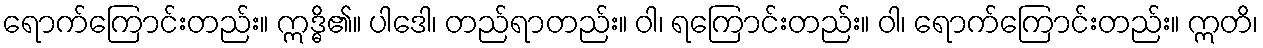
ရောက်ကြောင်းတည်း။ ဣဒ္ဓိ၏။ ပါဒေါ၊ တည်ရာတည်း။ ဝါ၊ ရကြောင်းတည်း။ ဝါ၊ ရောက်ကြောင်းတည်း။ ဣတိ၊